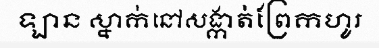
ឡាន ស្នាក់នៅសង្កាត់ព្រែកហូរ